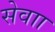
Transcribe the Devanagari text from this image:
सेवाा